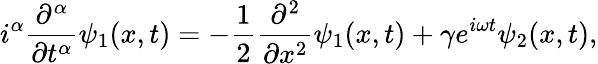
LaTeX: i^{\alpha}\frac{\partial^{\alpha}}{\partial t^{\alpha}}\psi_{1}(x,t)=-\frac{1}{2}\frac{\partial^{2}}{\partial x^{2}}\psi_{1}(x,t)+\gamma e^{i\omega t}\psi_{2}(x,t),